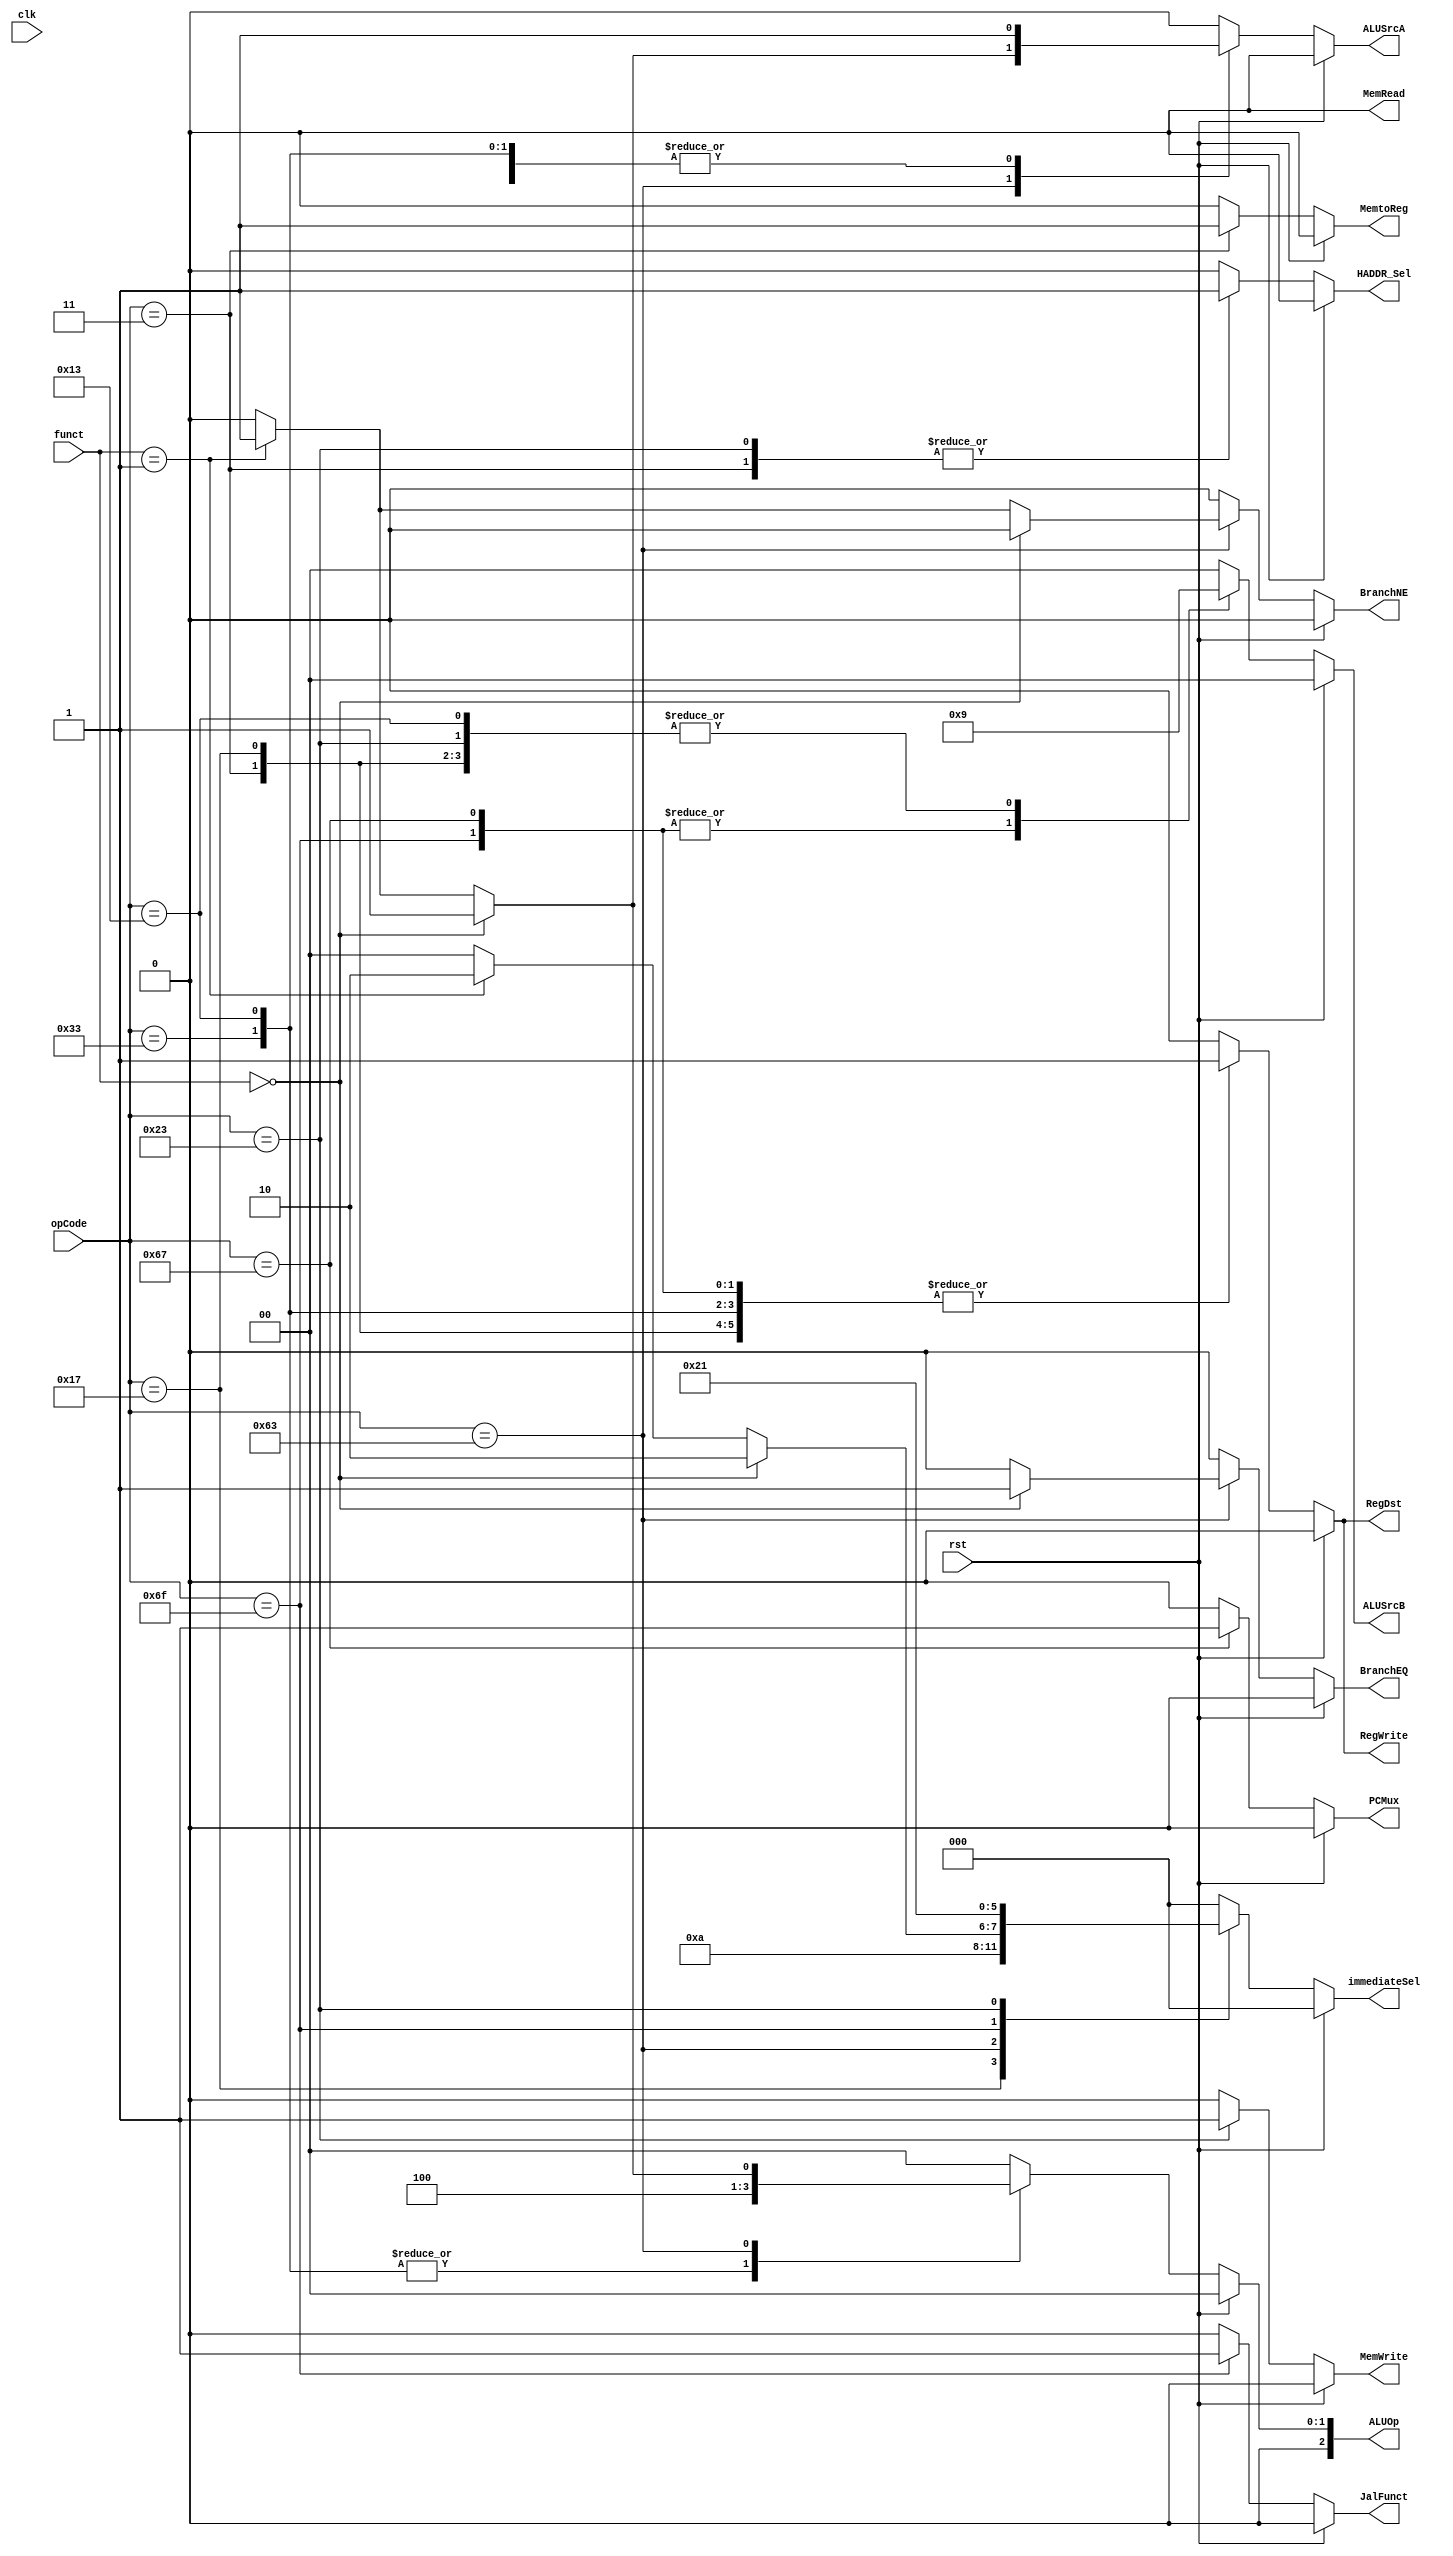
module ControlUnit (
    input clk, rst,
    input [6:0] opCode,
	 input [2:0] funct,
	 output reg BranchEQ,
	 output reg BranchNE,
	 output reg MemRead,
    output reg MemtoReg,
    output reg MemWrite,
	 output reg ALUSrcA,
	 output reg [1:0] ALUSrcB,
    output reg RegWrite,
	 output reg HADDR_Sel,
	 output reg RegDst,
//    output reg RegDst,
//    output reg IorD,
//    output reg PCSrc,
//    output reg [1:0] ALUSrcB,
//    output reg ALUSrcA,
//    output reg IRWrite,
//   output reg PCWrite,
//	 output reg BranchEQ,
//	 output reg BranchNE,
	 output reg [2:0] immediateSel,
    output reg [2:0] ALUOp,
	 output reg JalFunct,
	 output reg PCMux
);

localparam B_Type = 7'b1100011;
localparam JAL = 7'b1101111;
localparam I_Type = 7'b0010011;
localparam S_Type = 7'b0100011;
localparam R_Type = 7'b0110011;
localparam BEQ = 3'b000;
localparam BNE = 3'b001;
localparam JALR = 7'b1100111;
localparam AUIPC = 7'b0010111;
localparam LW	= 7'b0000011;
localparam SW	=	3'b010;


always @*
	begin
		if (rst) 
					begin
						BranchEQ			=	1'b0;
						BranchNE			=	1'b0;
						MemRead			=	1'b0;
						MemtoReg			=	1'b0;
						MemWrite			=	1'b0;
						ALUSrcA			=	1'b0;
						ALUSrcB			=	2'b00;
						RegWrite			=	1'b0;
						HADDR_Sel		=	1'b0;
						RegDst			=	1'b0;
						immediateSel	=	3'b000;
						ALUOp				=	3'b000;
						JalFunct			=	1'b0;
						PCMux				=	1'b0;
					end
		else 
		case (opCode)
            R_Type:
					begin
						BranchEQ			=	1'b0;
						BranchNE			=	1'b0;
						MemRead			=	1'b0; //No esta conectado a nada
						MemtoReg			=	1'b0;
						MemWrite			=	1'b0;
						ALUSrcA			=	1'b1;	//Selecciona el RD1
						ALUSrcB			=	2'b00;	//Y el RD2
						RegWrite			=	1'b1;
						HADDR_Sel		=	1'b0;
						RegDst			=	1'b1;
						immediateSel	=	3'b000;
						ALUOp				=	3'b010;
						JalFunct			=	1'b0;
						PCMux				=	1'b0;
					end
            I_Type:
					begin
						BranchEQ			=	1'b0;
						BranchNE			=	1'b0;
						MemRead			=	1'b0; //No esta conectado a nada
						MemtoReg			=	1'b0;
						MemWrite			=	1'b0;
						ALUSrcA			=	1'b1;		//Seleccina el RD1
						ALUSrcB			=	2'b01;		//Selecciona el immediate
						RegWrite			=	1'b1;
						HADDR_Sel		=	1'b0;
						RegDst			=	1'b1;
						immediateSel	=	3'b000;	//Selecciona el de tipo I
						ALUOp				=	3'b010;	//Que seleccione dependiendo del funct
						JalFunct			=	1'b0;
						PCMux				=	1'b0;
					end
				AUIPC:
					begin
						BranchEQ			=	1'b0;
						BranchNE			=	1'b0;
						MemRead			=	1'b0;	//No esta conectado a nada
						MemtoReg			=	1'b0;
						MemWrite			=	1'b0;
						ALUSrcA			=	1'b0;	//Selecciona el PC
						ALUSrcB			=	2'b01;	//Selecciona el immediate
						RegWrite			=	1'b1;	//Para que escriba en el register file
						HADDR_Sel		=	1'b0;
						RegDst			=	1'b1;	//Guarda en rd
						immediateSel	=	3'b101;	//U Type con shift
						ALUOp				=	3'b000;	//Para que sume
						JalFunct			=	1'b0;
						PCMux				=	1'b0;
					end
				LW:
					begin
						BranchEQ			=	1'b0;
						BranchNE			=	1'b0;
						MemRead			=	1'b0;
						MemtoReg			=	1'b1;	//Para seleccionar la salida de la memoria de datos
						MemWrite			=	1'b0;
						ALUSrcA			=	1'b1;	//Selecciona RD1
						ALUSrcB			=	2'b01;	//Y el immediate
						RegWrite			=	1'b1;	//Habilita la escritura en el register file
						HADDR_Sel		=	1'b1;	//Para seleccionar la direccion de memoria y no la del PC
						RegDst			=	1'b1;	//Lo escribe en rd
						immediateSel	=	3'b000;	//I_Type
						ALUOp				=	3'b000;	//Y los suma
						JalFunct			=	1'b0;
						PCMux				=	1'b0;
					end
				B_Type:
					if(funct == BEQ)
					begin
						BranchEQ			=	1'b1;	//Si es un branch on equal
						BranchNE			=	1'b0;
						MemRead			=	1'b0;
						MemtoReg			=	1'b0;
						MemWrite			=	1'b0;
						ALUSrcA			=	1'b1;	//Elige rd1 del register file
						ALUSrcB			=	2'b00;	//Y rd2 del register file
						RegWrite			=	1'b0;
						HADDR_Sel		=	1'b0;
						RegDst			=	1'b0;
						immediateSel	=	3'b010;	//Para B Type
						ALUOp				=	3'b001;	//Para restar y ver si son iguales
						JalFunct			=	1'b0;
						PCMux				=	1'b0;
					end
					else if(funct == BNE)
					begin
						BranchEQ			=	1'b0;
						BranchNE			=	1'b1;	//Es un branch not equal
						MemRead			=	1'b0;
						MemtoReg			=	1'b0;
						MemWrite			=	1'b0;
						ALUSrcA			=	1'b1;	//Elige rd1 del register file
						ALUSrcB			=	2'b00;	//Y rd2 del register file
						RegWrite			=	1'b0;
						HADDR_Sel		=	1'b0;
						RegDst			=	1'b0;
						immediateSel	=	3'b010;	//Para B type
						ALUOp				=	3'b001;	//Para restar y ver si son iguales
						JalFunct			=	1'b0;
						PCMux				=	1'b0;
					end
					else
					begin
						BranchEQ			=	1'b0;
						BranchNE			=	1'b0;
						MemRead			=	1'b0;
						MemtoReg			=	1'b0;
						MemWrite			=	1'b0;
						ALUSrcA			=	1'b0;
						ALUSrcB			=	2'b00;
						RegWrite			=	1'b0;
						HADDR_Sel		=	1'b0;
						RegDst			=	1'b0;
						immediateSel	=	3'b000;
						ALUOp				=	3'b000;
						JalFunct			=	1'b0;
						PCMux				=	1'b0;
					end
				JAL:
					begin
						BranchEQ			=	1'b0;
						BranchNE			=	1'b0;
						MemRead			=	1'b0;
						MemtoReg			=	1'b0;
						MemWrite			=	1'b0;
						ALUSrcA			=	1'b0;	//Para el PC
						ALUSrcB			=	2'b10;	//Para 4
						RegWrite			=	1'b1;	//Para escribir en el register file
						HADDR_Sel		=	1'b0;
						RegDst			=	1'b1;	//En rd
						immediateSel	=	3'b100;	//Para J Type
						ALUOp				=	3'b000;	//Para sumar
						JalFunct			=	1'b1;		//Es funcion Jal
						PCMux				=	1'b0;
					end
				JALR:
					begin
						BranchEQ			=	1'b0;
						BranchNE			=	1'b0;
						MemRead			=	1'b0;
						MemtoReg			=	1'b0;
						MemWrite			=	1'b0;
						ALUSrcA			=	1'b0;	//Para el PC
						ALUSrcB			=	2'b10;	//Para el 4
						RegWrite			=	1'b1;	//Para escribir en el register file
						HADDR_Sel		=	1'b0;
						RegDst			=	1'b1;	//En rd
						immediateSel	=	3'b000;	//Para I Type
						ALUOp				=	3'b000;	//Para sumar
						JalFunct			=	1'b0;
						PCMux				=	1'b1;		//Para que el PC sea RS1 + IMM
					end
				S_Type:
					begin
						BranchEQ			=	1'b0;
						BranchNE			=	1'b0;
						MemRead			=	1'b0;
						MemtoReg			=	1'b0;
						MemWrite			=	1'b1;	//Para que pueda escribir en memoria
						ALUSrcA			=	1'b1;	//Para rd1
						ALUSrcB			=	2'b01;	//Para el immediate
						RegWrite			=	1'b0;
						HADDR_Sel		=	1'b1;	//Va a referise a la memoria de datos
						RegDst			=	1'b0;
						immediateSel	=	3'b001;	//Para STYPE
						ALUOp				=	3'b000;	//Para sumar
						JalFunct			=	1'b0;
						PCMux				=	1'b0;
					end
				default:
					begin
						BranchEQ			=	1'b0;
						BranchNE			=	1'b0;
						MemRead			=	1'b0;
						MemtoReg			=	1'b0;
						MemWrite			=	1'b0;
						ALUSrcA			=	1'b0;
						ALUSrcB			=	2'b00;
						RegWrite			=	1'b0;
						HADDR_Sel		=	1'b0;
						RegDst			=	1'b0;
						immediateSel	=	3'b000;
						ALUOp				=	3'b000;
						JalFunct			=	1'b0;
						PCMux				=	1'b0;
					end
	endcase	 
	end
endmodule